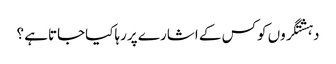
دہشتگروں کوکس کے اشارے پررہاکیاجاتاہے ؟